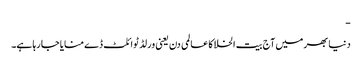
-
دنیا بھر میں آج بیت الخلا کا عالمی دن یعنی ورلڈ ٹوائلٹ ڈے منایا جا رہا ہے۔